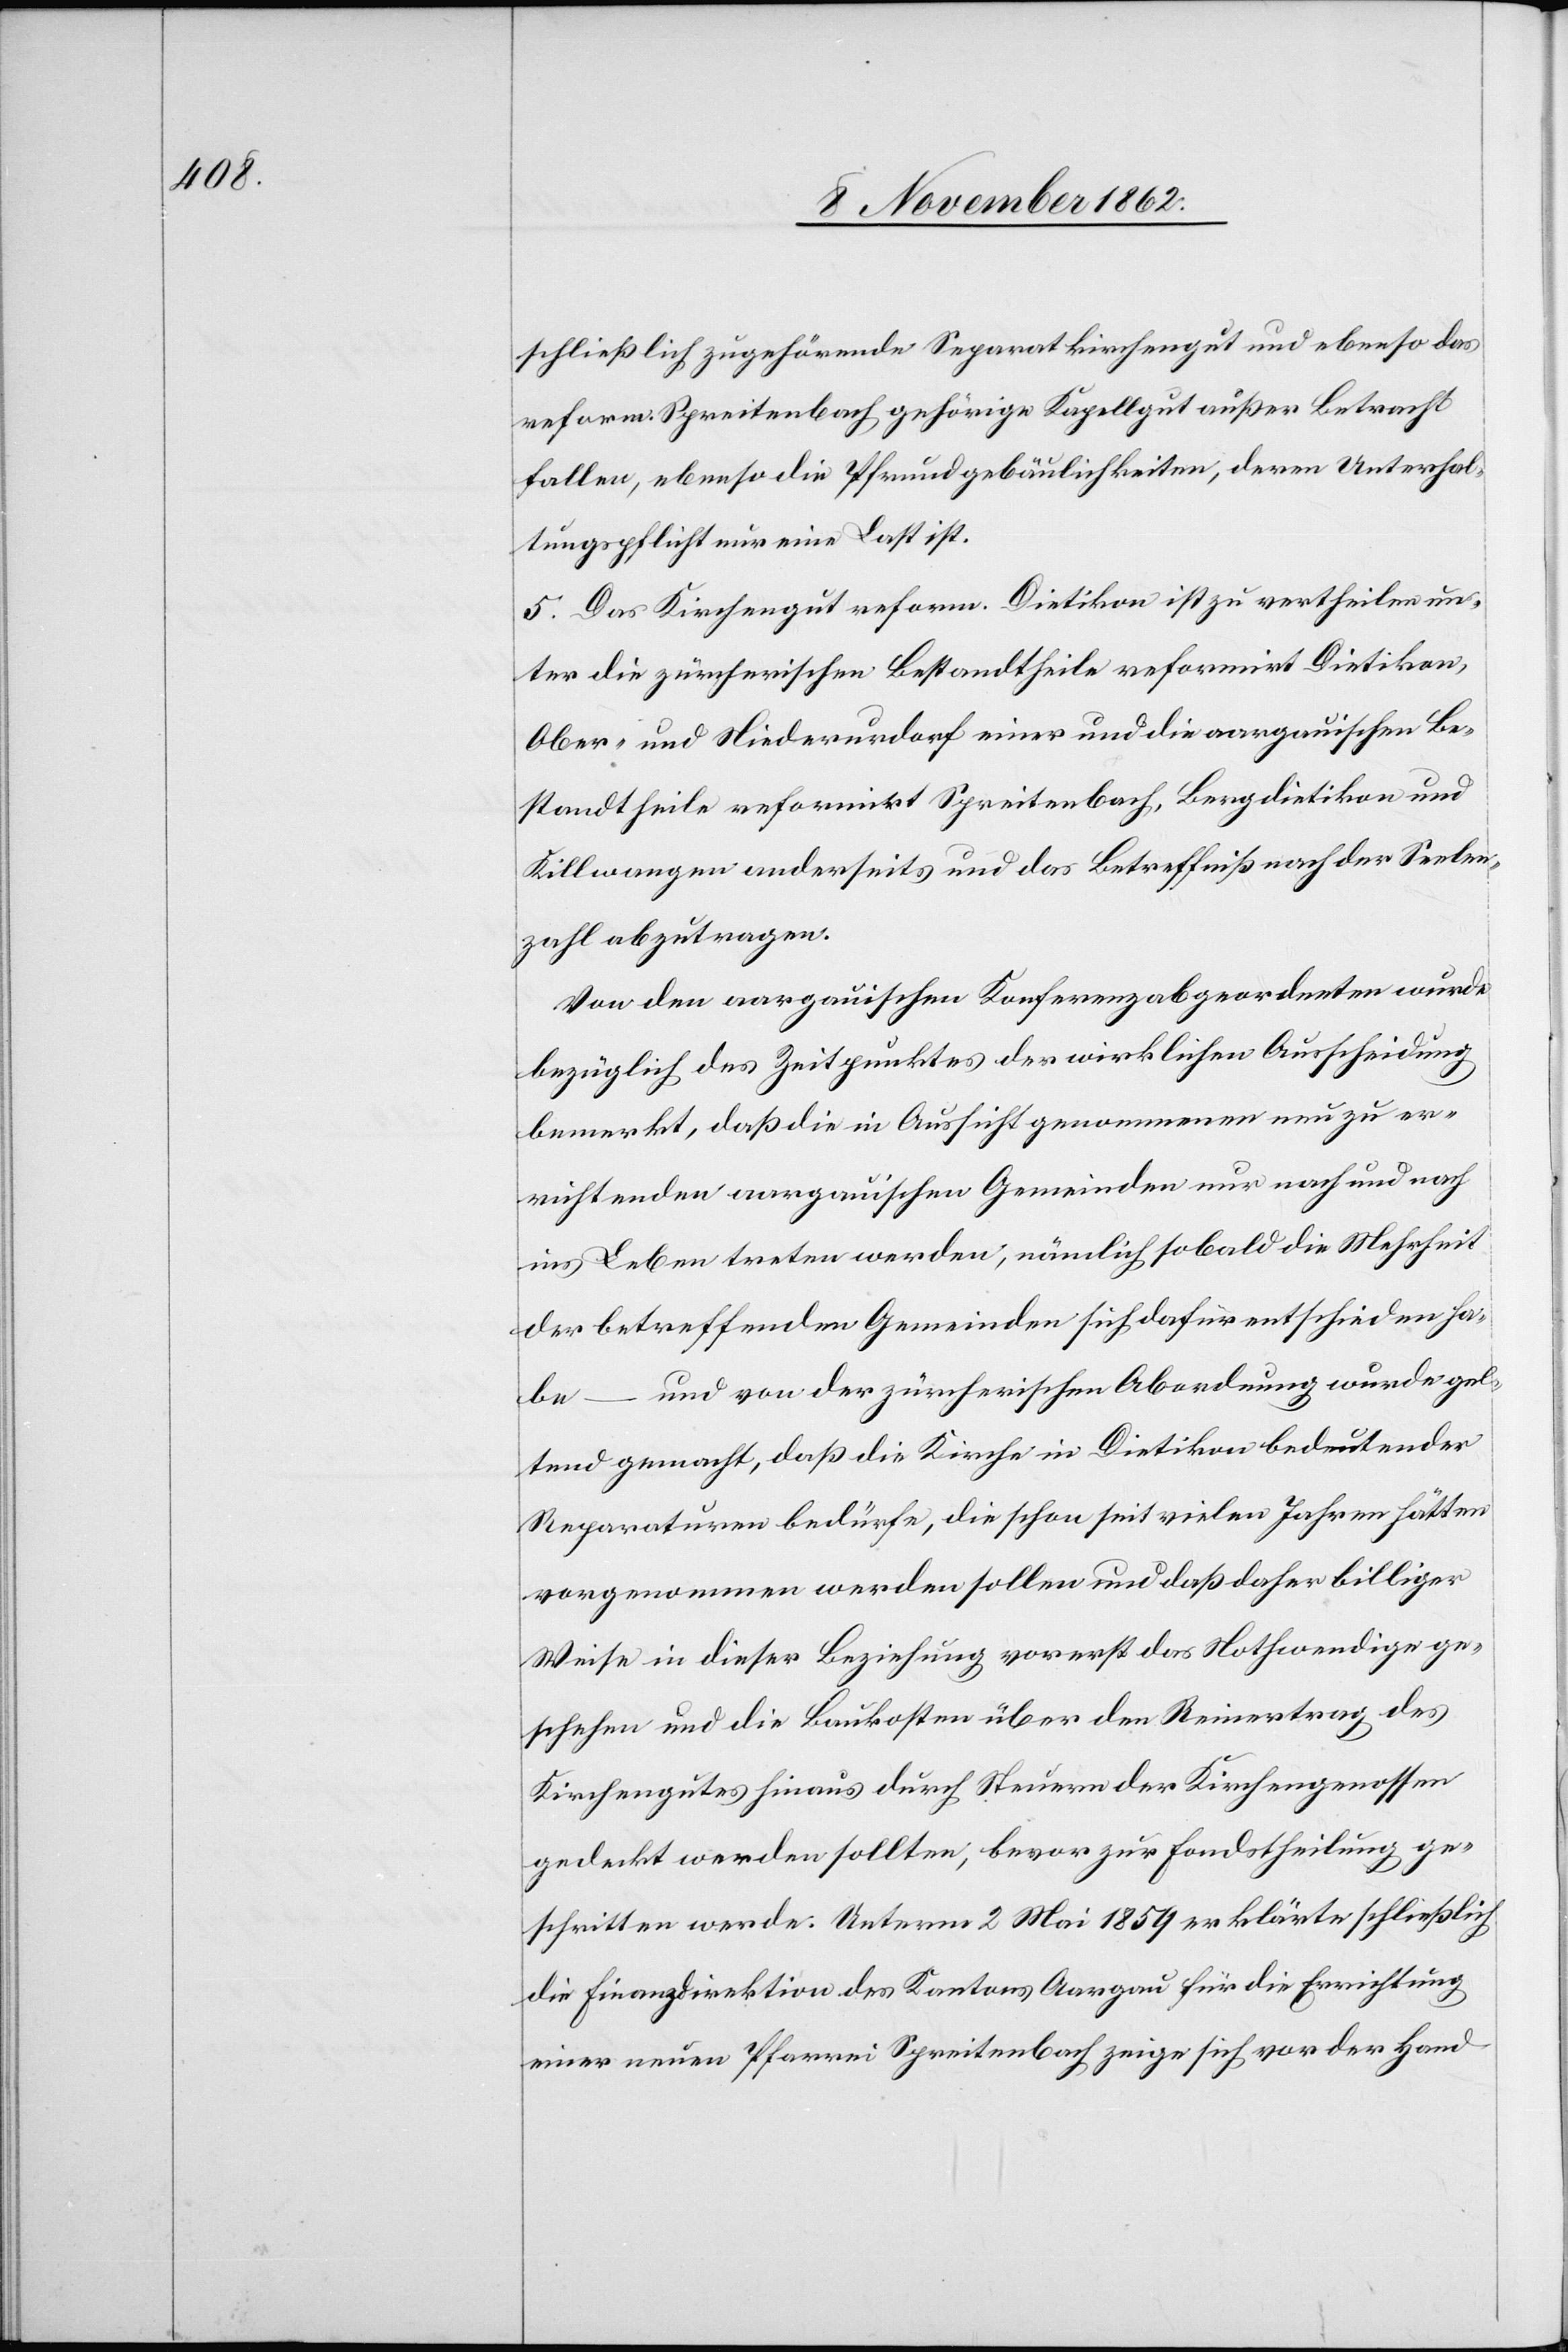
schließlich zugehörende Separatkirchengut und ebenso das
reform. Spreitenbach gehörige Kapellgut außer Betracht
fallen, ebenso die Pfrundgebäulichkeiten, deren Unterhal¬
tungspflicht nur eine Last ist.
5. Das Kirchengut reform. Dietikon ist zu vertheilen un¬
ter die zürcherischen Bestandtheile reformirt Dietikon,
Ober- und Niederurdorf einer und die aargauischen Be¬
standtheile reformirt Spreitenbach, Bergdietikon und
Killwangen anderseits und das Betreffniß nach der Seelen¬
zahl abzutragen.
Von den aargauischen Konferenzabgeordneten wurde
bezüglich des Zeitpunktes der wirklichen Ausscheidung
bemerkt, daß die in Aussicht genommenen nun zu er¬
richtenden aargauischen Gemeinde nur nach und nach
ins Leben treten werden, nämlich sobald die Mehrheit
der betreffenden Gemeinden sich dafür entschieden ha¬
be – und von der zürcherischen Abordnung wurde gel¬
tend gemacht, daß die Kirche in Dietikon bedeutender
Reparaturen bedürfe, die schon seit vielen Jahren hätten
vorgenommen werden sollen und daß daher billiger
Weise in dieser Beziehung vorerst das Nothwendige ge¬
schehen und die Baukosten über den Reinertrag des
Kirchengutes hinaus durch Steuern der Kirchengenossen
gedeckt werden sollten, bevor zur Fondstheilung ge¬
schritten werde. Unterm 2. Mai 1859 erklärte schließlich
die Finanzdirektion des Kantons Aargau für die Errichtung
einer neuen Pfarrei Spreitenbach zeige sich vor der Hand